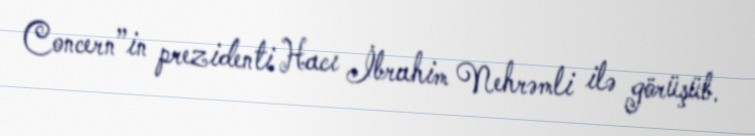
Concern”in prezidenti Hacı İbrahim Nehrəmli ilə görüşüb.